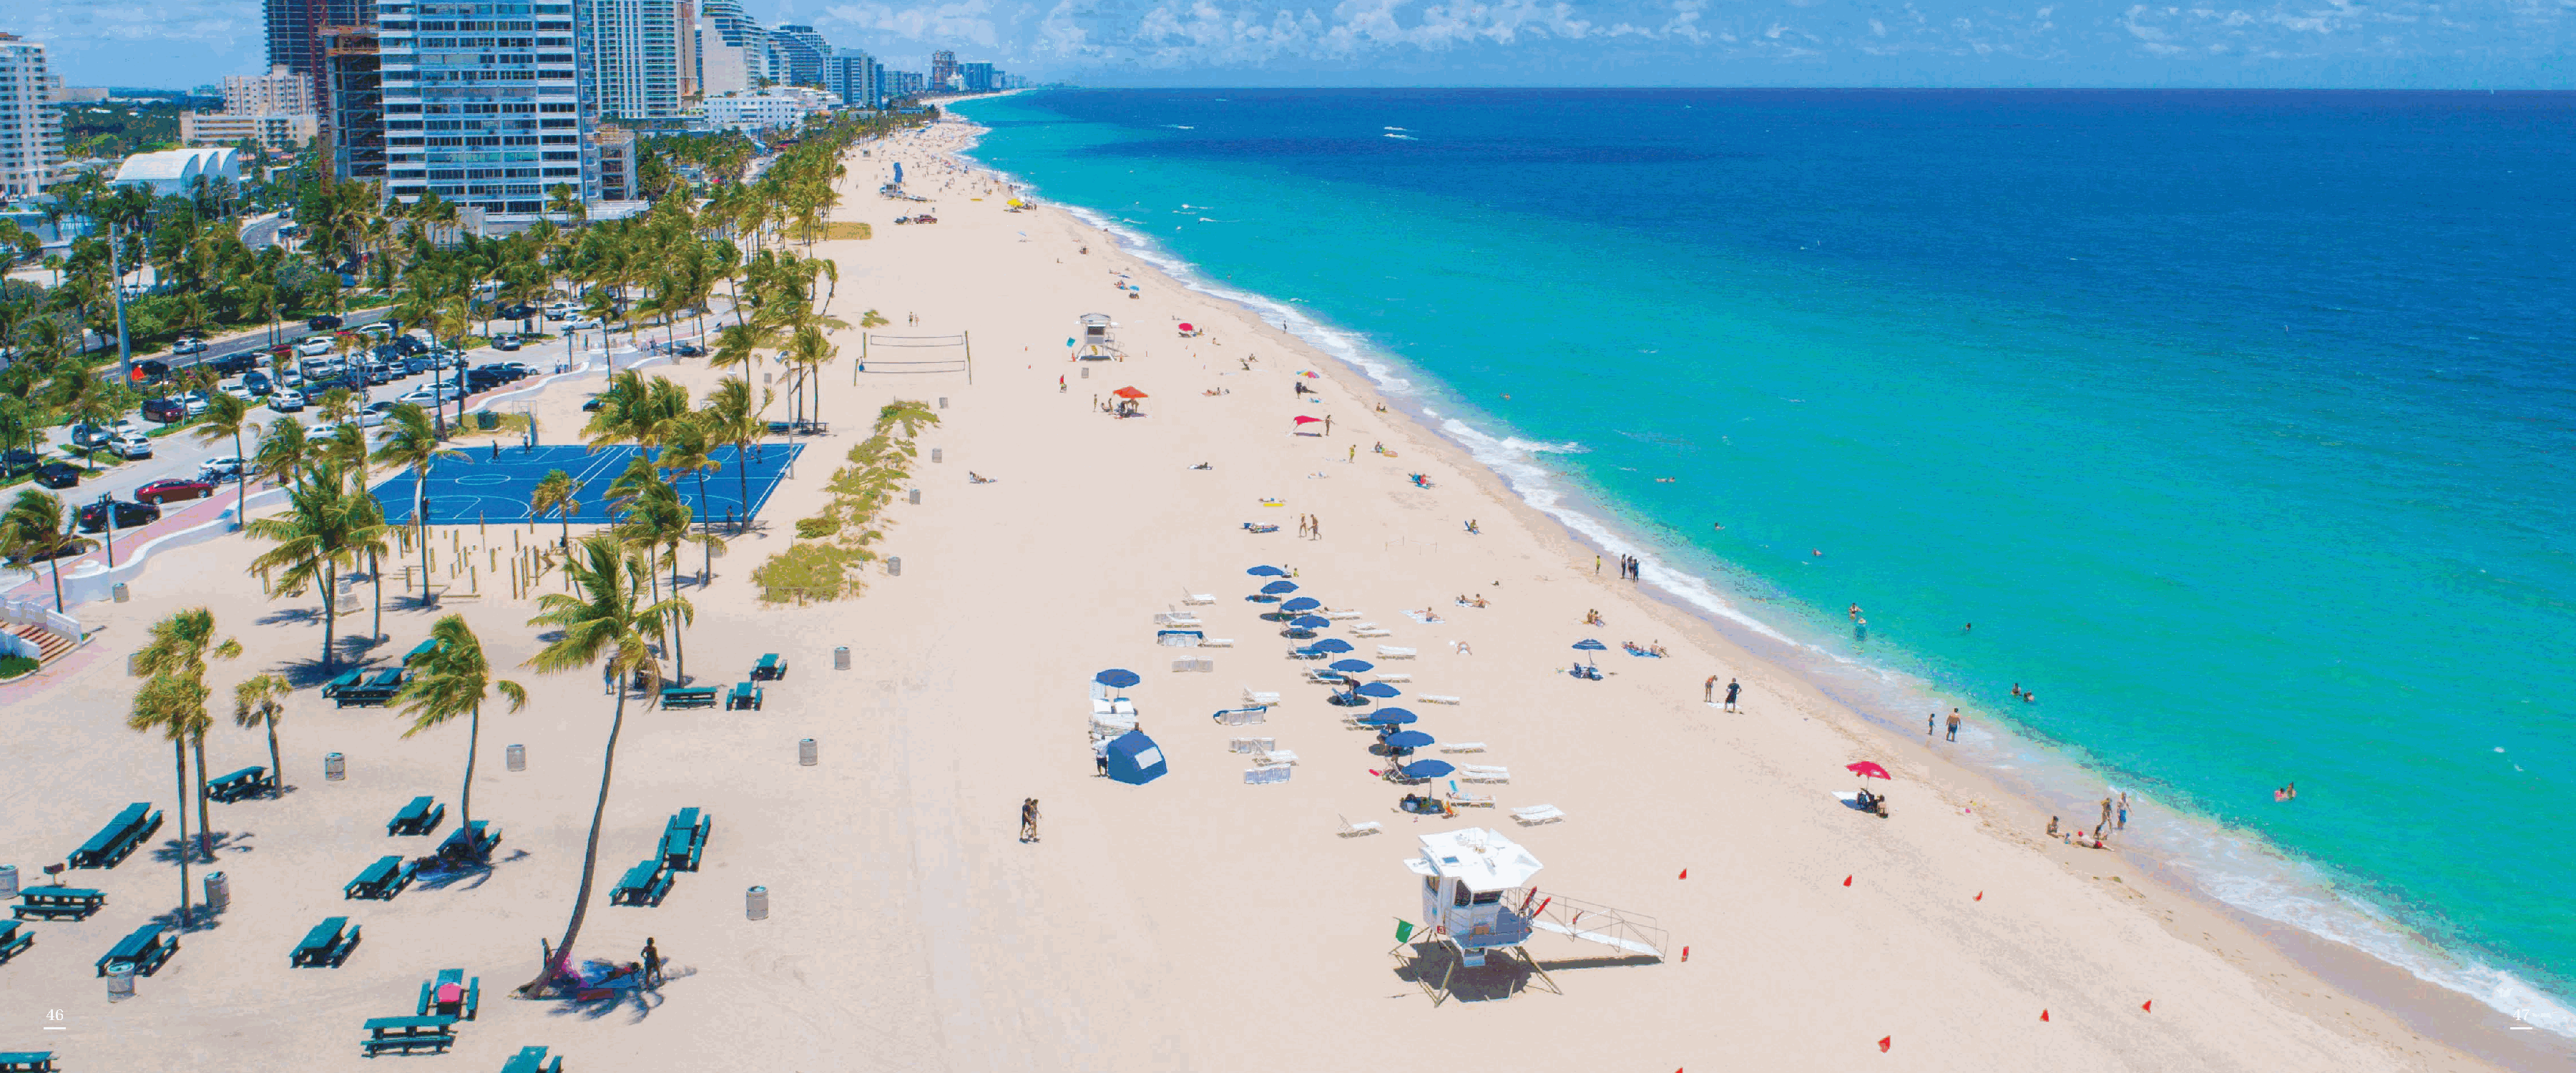
4466                                                                                                                                                                                                                                4477